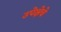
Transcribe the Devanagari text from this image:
उपेक्षेचे